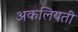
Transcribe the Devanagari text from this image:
अकलियती